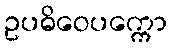
ဥပဓိဝေပက္ကော